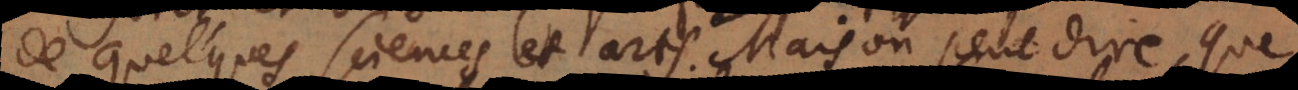
s nos estudes. Mais on peut dire, que